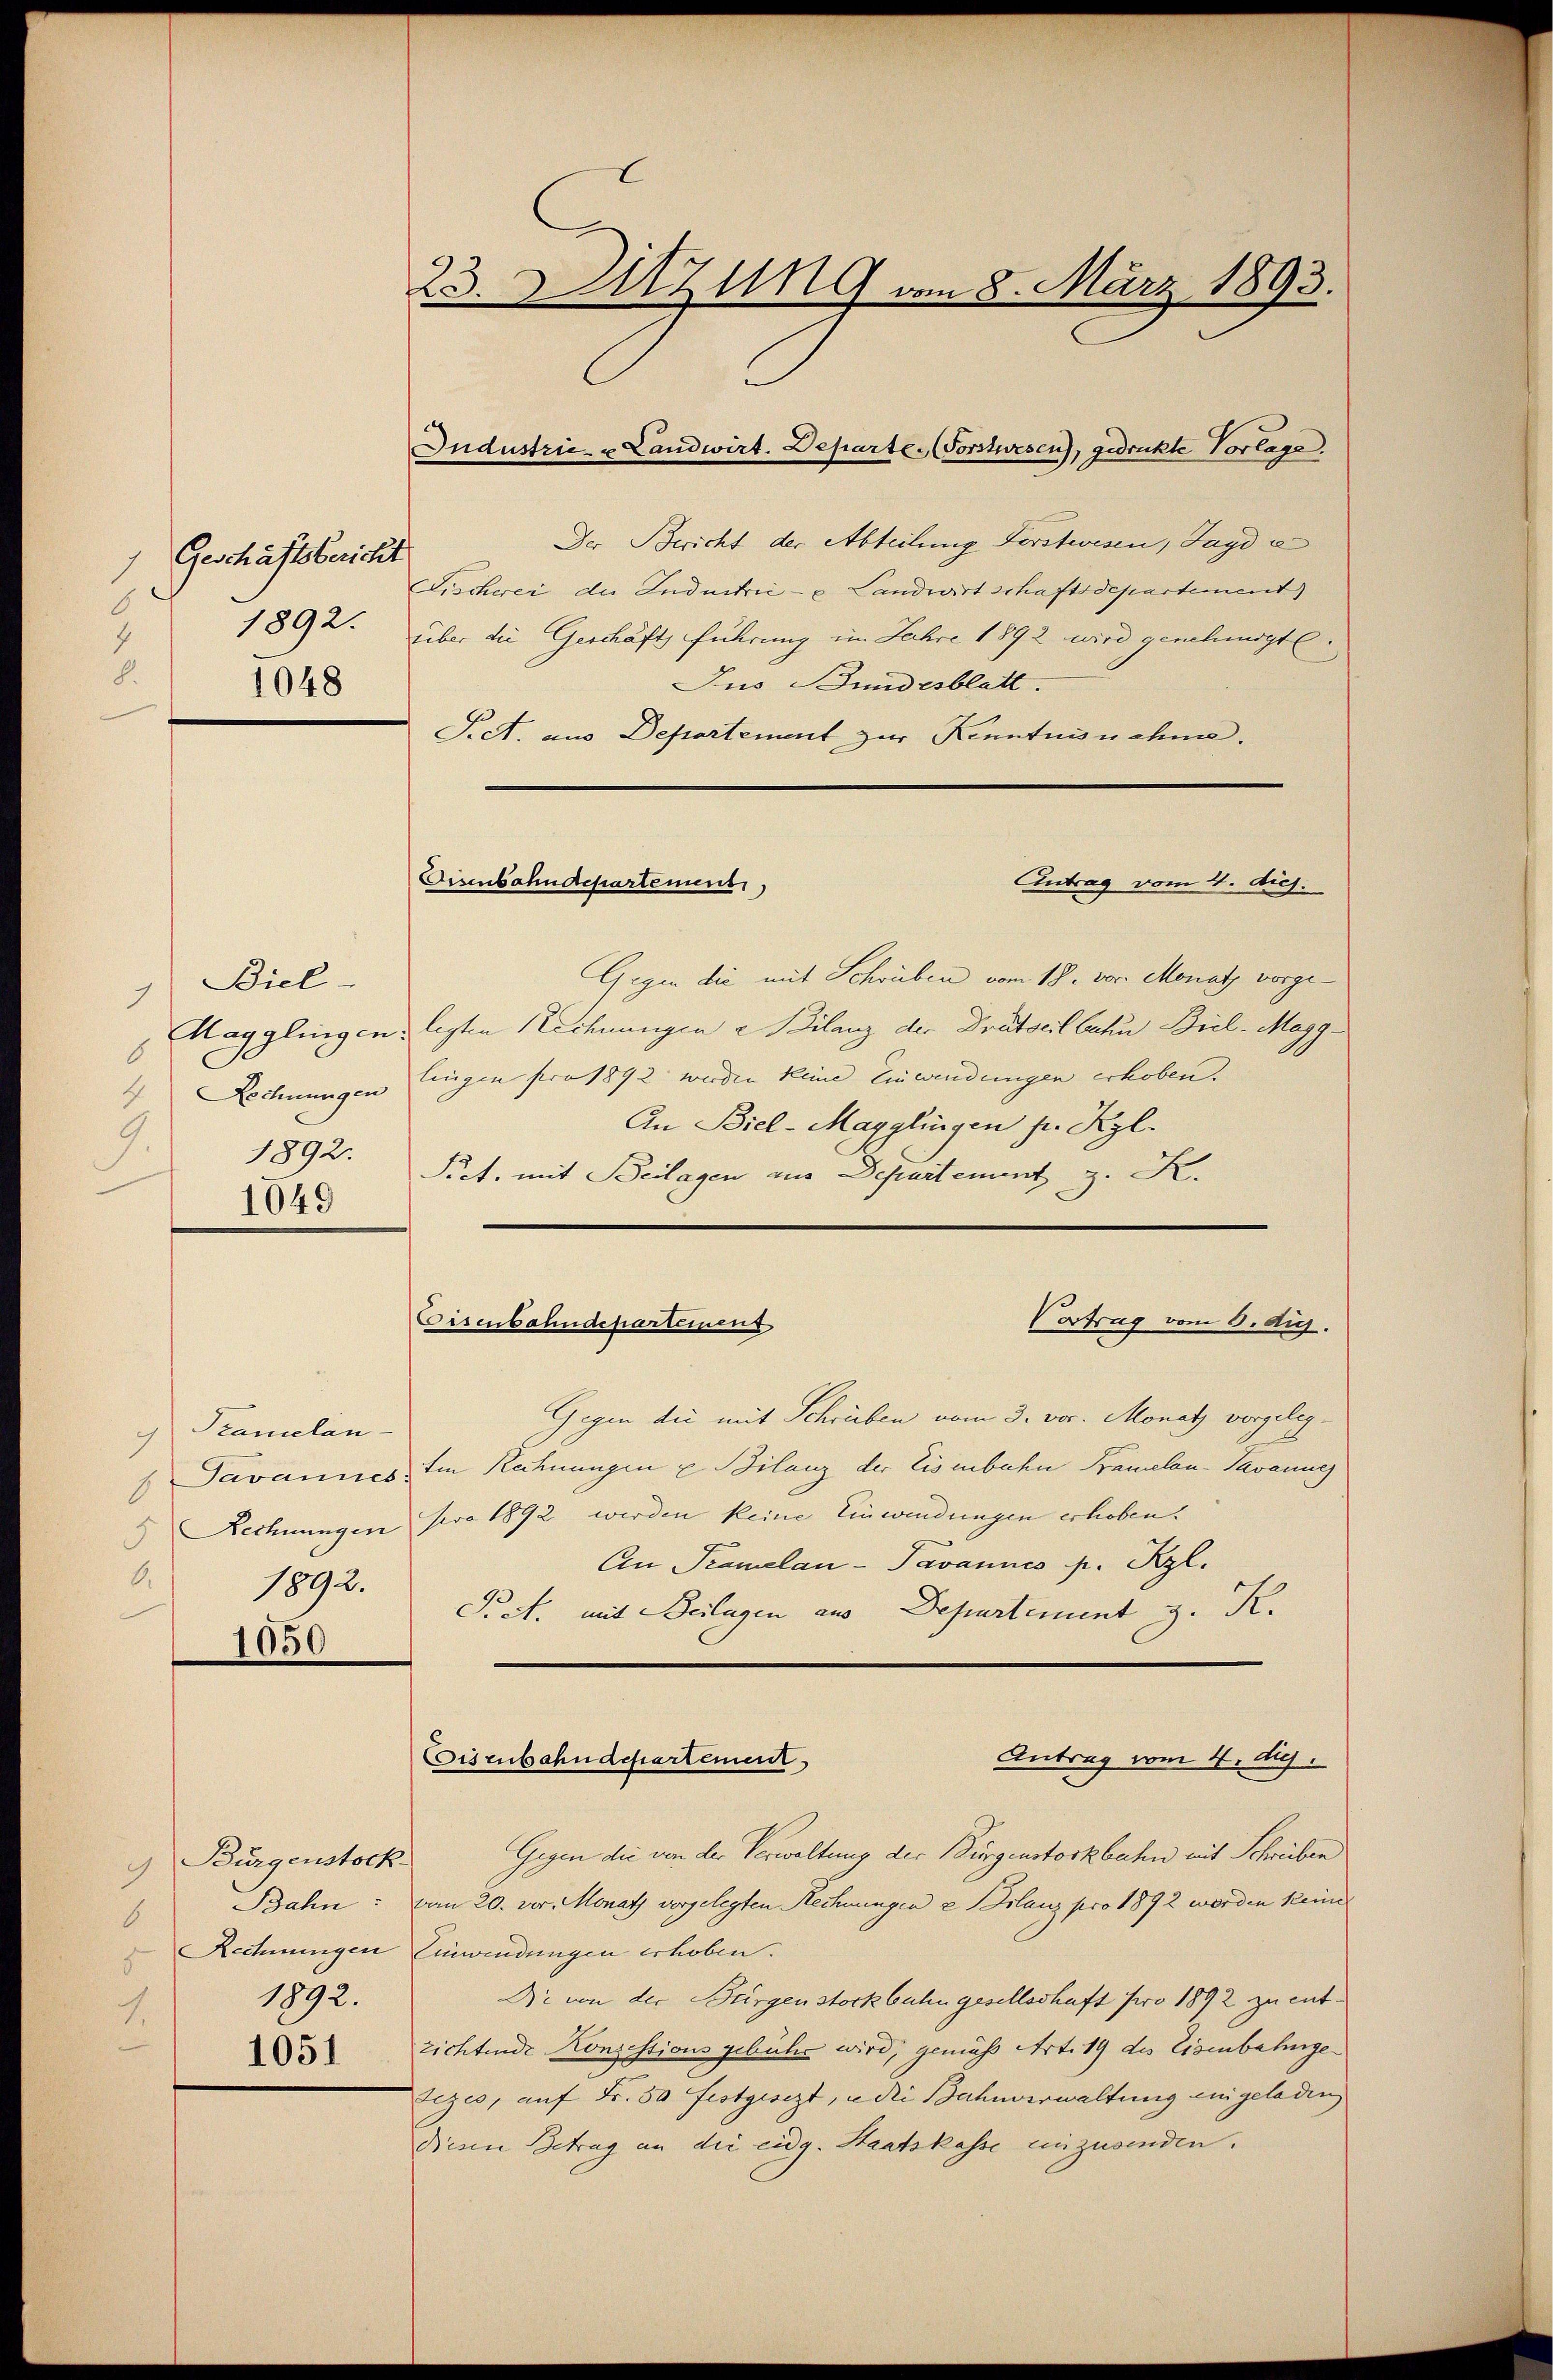
Geschäftsbericht
1
O
4
8.
1048

Biel-
1
8
9.
1892.
1049

Szamelan-
6
 1892.

6

1050

Bürgenstock
Bahn:
Rechnungen
1892.
4.

1051

23. Szung vom 8. März 1893.

Der Bericht der Abteilung Forstwesen, Jagde
Fischerei der Industrić - u Landwirtschaftsdepartement)
1892. über die Geschäft führung im Jahre 1892 wird genehmigt.
Jus Bundesblatt.
Siet. aus Departement zur Kenntnisnehme.
Antrag vom 4. dich.
Disenbahndepartement
Gegen die mit Schriben vom 18. vor. Monatz vorge¬
Magglingen ligten Rechnungen Bilanz der Dratseit behu Biel-Magg¬
Lechnungen Eingen pro 1892 werden keine Einwendungen erhoben.
An Biel-Magglingen pr. Kgl.
Sict, mit Beilagen aus Departement z. K.

Industrie- u Landwirt. Departe. (Forstwesen, gedruckte Vorlage.

Vortrag vom 6. ds.
Eisenbahndeparteieng

Eisenbahndepartement

Gegen die mit Schreiben vom 3. vor. Monatz vorgeleg¬
Davannes. Im Rechnungen u. Bilanz der Eisenbahn Kramelan-Pavanne
Rechnungen pro 1892 werden keine Einwendungen erhoben.
An Tramelan-Pavannes p. Kzl.
Pret. mit Beilagen aus Departement z. R.
Gegen die von der Verwaltung der Bürgenstockbachen mit Schriben
vom 20. vor. Monath vorgelegten Rechnungen e Bilanz pro 1892 werden keine
Einwendungen erhoben.
Die von der Bürgenstock bahn gesellschaft pro 1892 zu entzichtende Konzessions gebühr wird, gemäß Art. 19 des Eisenbahnge
Lezio, auf Fr. 30 festgesezt, u die Bahnverwaltung eingeladen
Diesen Betrag an die eidg. Staatskasse einzusenden.

Antrag vom 4. diej